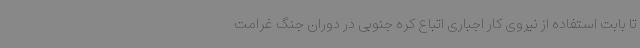
تا بابت استفاده از نیروی کار اجباری اتباع کره جنوبی در دوران جنگ غرامت